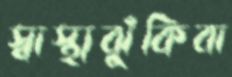
স্বাস্থ্যঝুঁকিবা